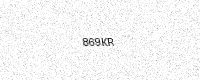
Text: 869KR